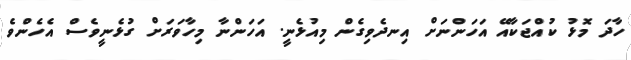
ހާދަ މޮޅު ކުއްޖަކާއޭ އަހަންނަށް އިނދެވިގެން މިއުޅެނީ. އަހަންނާ މިހާވަރަށް ގުޅެނީވެސް އެހެންވެ